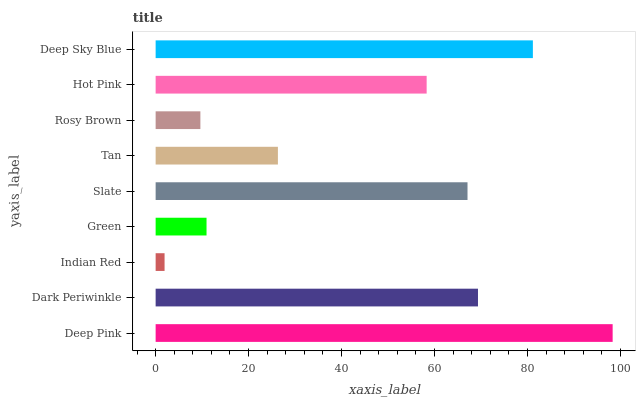
| yaxis_label | bars |
 | --- | --- |
 | Deep Pink | 98.3 |
 | Dark Periwinkle | 69.4 |
 | Indian Red | 1.92 |
 | Green | 11 |
 | Slate | 67.1 |
 | Tan | 26.3 |
 | Rosy Brown | 9.63 |
 | Hot Pink | 58.3 |
 | Deep Sky Blue | 81.2 |